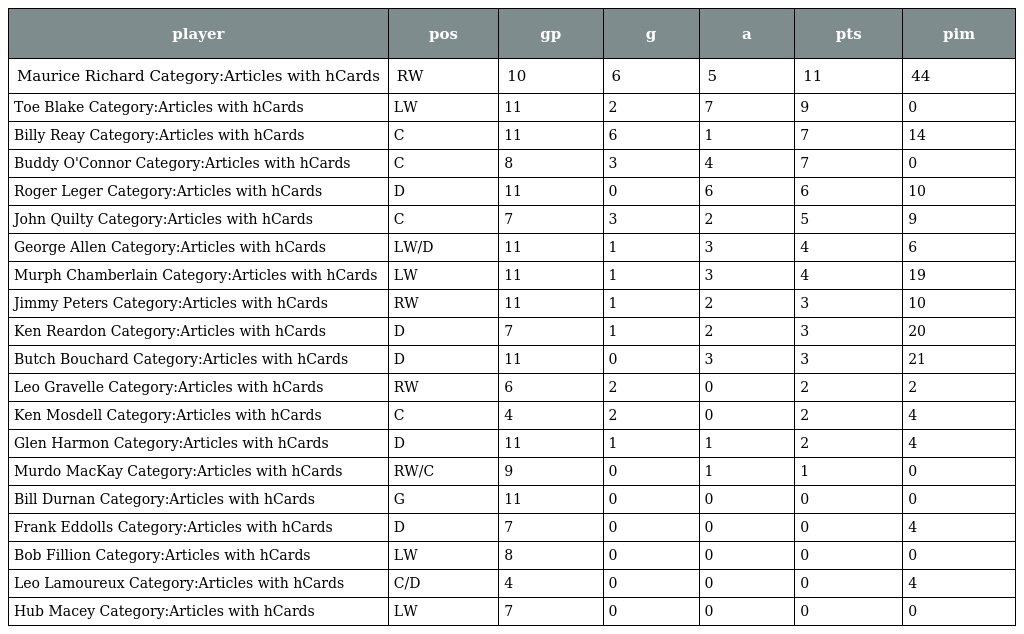
| player | pos | gp | g | a | pts | pim |
 | --- | --- | --- | --- | --- | --- | --- |
 | Maurice Richard Category:Articles with hCards | RW | 10 | 6 | 5 | 11 | 44 |
 | Toe Blake Category:Articles with hCards | LW | 11 | 2 | 7 | 9 | 0 |
 | Billy Reay Category:Articles with hCards | C | 11 | 6 | 1 | 7 | 14 |
 | Buddy O'Connor Category:Articles with hCards | C | 8 | 3 | 4 | 7 | 0 |
 | Roger Leger Category:Articles with hCards | D | 11 | 0 | 6 | 6 | 10 |
 | John Quilty Category:Articles with hCards | C | 7 | 3 | 2 | 5 | 9 |
 | George Allen Category:Articles with hCards | LW/D | 11 | 1 | 3 | 4 | 6 |
 | Murph Chamberlain Category:Articles with hCards | LW | 11 | 1 | 3 | 4 | 19 |
 | Jimmy Peters Category:Articles with hCards | RW | 11 | 1 | 2 | 3 | 10 |
 | Ken Reardon Category:Articles with hCards | D | 7 | 1 | 2 | 3 | 20 |
 | Butch Bouchard Category:Articles with hCards | D | 11 | 0 | 3 | 3 | 21 |
 | Leo Gravelle Category:Articles with hCards | RW | 6 | 2 | 0 | 2 | 2 |
 | Ken Mosdell Category:Articles with hCards | C | 4 | 2 | 0 | 2 | 4 |
 | Glen Harmon Category:Articles with hCards | D | 11 | 1 | 1 | 2 | 4 |
 | Murdo MacKay Category:Articles with hCards | RW/C | 9 | 0 | 1 | 1 | 0 |
 | Bill Durnan Category:Articles with hCards | G | 11 | 0 | 0 | 0 | 0 |
 | Frank Eddolls Category:Articles with hCards | D | 7 | 0 | 0 | 0 | 4 |
 | Bob Fillion Category:Articles with hCards | LW | 8 | 0 | 0 | 0 | 0 |
 | Leo Lamoureux Category:Articles with hCards | C/D | 4 | 0 | 0 | 0 | 4 |
 | Hub Macey Category:Articles with hCards | LW | 7 | 0 | 0 | 0 | 0 |